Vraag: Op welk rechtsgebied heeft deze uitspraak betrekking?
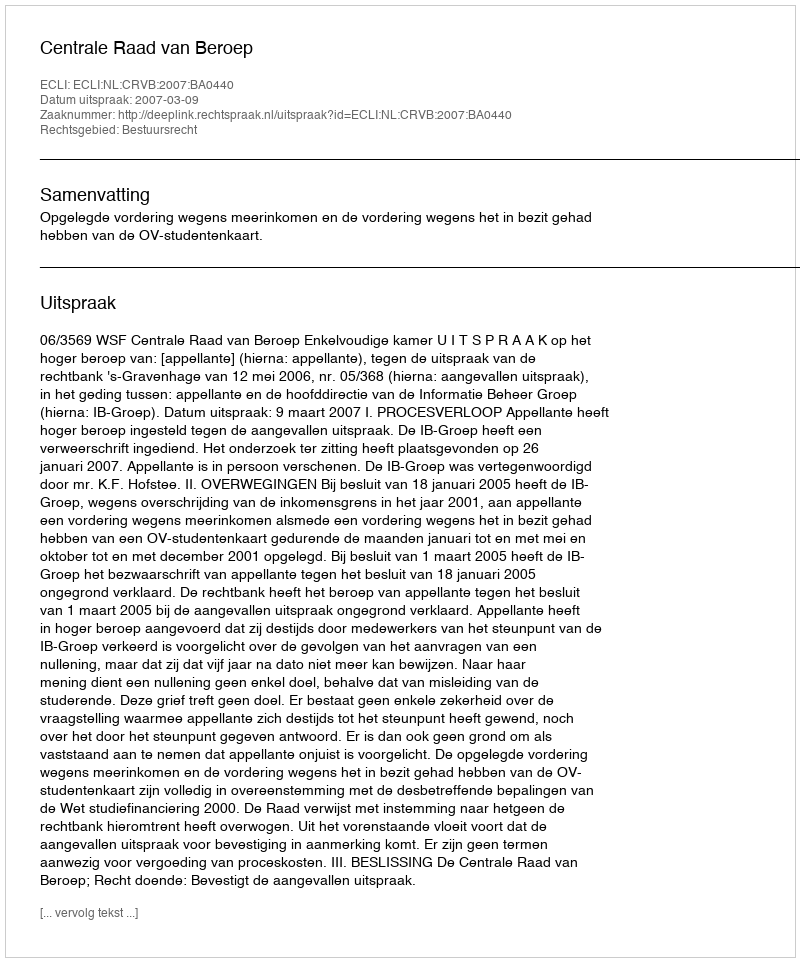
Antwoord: Bestuursrecht